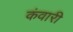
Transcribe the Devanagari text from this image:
कंवारी